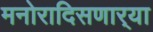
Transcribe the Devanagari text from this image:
मनोरादिसणार्‍या